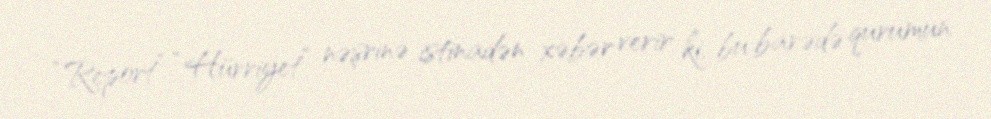
“Report” “Hürriyet” nəşrinə istinadən xəbər verir ki, bu barədə qurumun